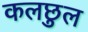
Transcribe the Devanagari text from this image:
कलछुल